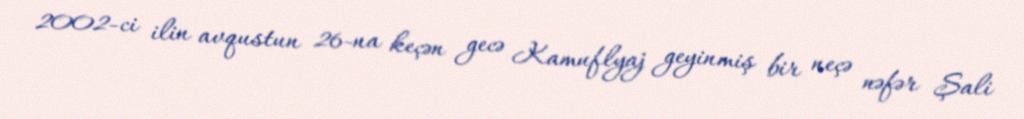
2002-ci ilin avqustun 26-na keçən gecə Kamuflyaj geyinmiş bir neçə nəfər Şali